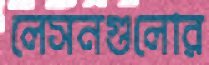
লেসনগুলোর